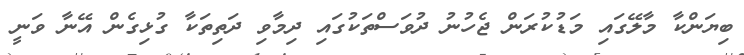
ބިޔަންކާ މާލޭގައި މަޑުކުރަން ޖެހުނު ދުވަސްތަކުގައި ދިމާވި ދަތިތަކާ ގުޅިގެން އޭނާ ވަނީ